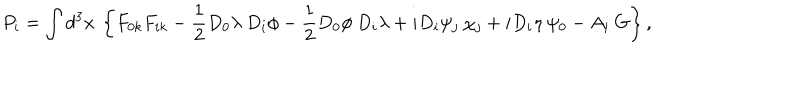
LaTeX: P _ { i } = \int d ^ { 3 } x \: \left\{ F _ { 0 k } F _ { i k } - { \frac { 1 } { 2 } } D _ { 0 } \lambda \: D _ { i } \phi - { \frac { 1 } { 2 } } D _ { 0 } \phi \: D _ { i } \lambda + i D _ { i } \psi _ { j } \: \chi _ { j } + i D _ { i } \eta \: \psi _ { 0 } - A _ { i } \: G \right\} ,